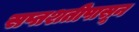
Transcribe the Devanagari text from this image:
सप्तशतीपासून